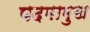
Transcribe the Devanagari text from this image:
पदमामुख